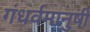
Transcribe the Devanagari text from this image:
गंधर्वमानुषी